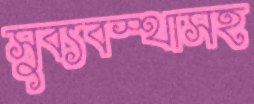
সুব্যবস্থাসহ